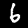
Digit: 6